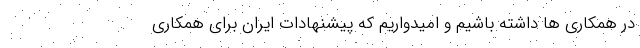
در همکاری ها داشته باشیم و امیدواریم که پیشنهادات ایران برای همکاری